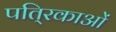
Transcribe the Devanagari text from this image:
पति्रकाओं